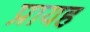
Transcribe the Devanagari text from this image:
प्रायह